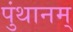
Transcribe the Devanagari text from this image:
पुंथानम्